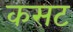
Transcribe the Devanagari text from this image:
कसट